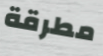
مطرقة